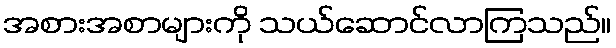
အစားအစာများကို သယ်ဆောင်လာကြသည်။